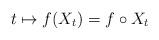
LaTeX: \begin{align*} t\mapsto f(X_t)=f\circ X_t\end{align*}